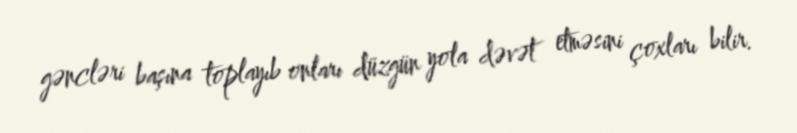
gəncləri başına toplayıb onları düzgün yola dəvət etməsini çoxları bilir.